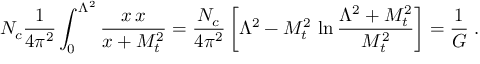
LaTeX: N _ { c } { \frac { 1 } { 4 \pi ^ { 2 } } } \int _ { 0 } ^ { \Lambda ^ { 2 } } { \frac { x \, \d x } { x + M _ { t } ^ { 2 } } } = { \frac { N _ { c } } { 4 \pi ^ { 2 } } } \left[ \Lambda ^ { 2 } - M _ { t } ^ { 2 } \, \ln { \frac { \Lambda ^ { 2 } + M _ { t } ^ { 2 } } { M _ { t } ^ { 2 } } } \right] = { \frac { 1 } { G } } \; .